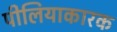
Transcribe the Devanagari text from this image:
पीलियाकारक